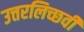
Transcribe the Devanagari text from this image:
उत्तरलिच्छवी